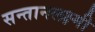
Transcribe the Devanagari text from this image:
सन्तानलक्ष्मी